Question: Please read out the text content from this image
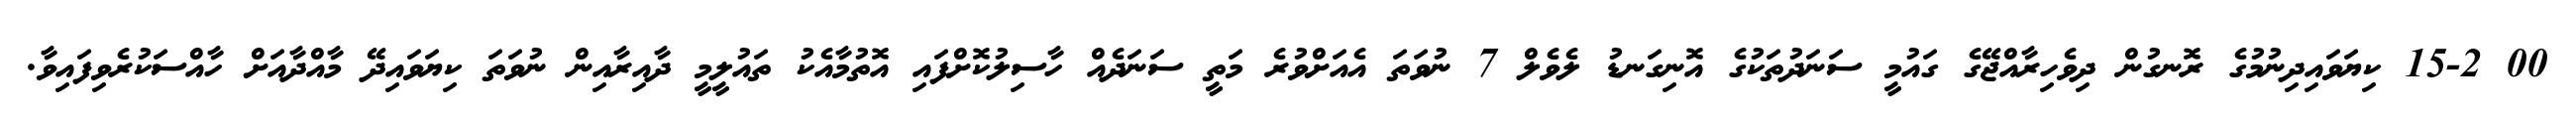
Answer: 00 15-2 ކިޔަވައިދިނުމުގެ ރޮނގުން ދިވެހިރާއްޖޭގެ ގައުމީ ސަނަދުތަކުގެ އޮނިގަނޑު ލެވެލް 7 ނުވަތަ އެއަށްވުރެ މަތީ ސަނަދެއް ހާސިލުކޮށްފައި އޮތުމާއެކު ތައުލީމީ ދާއިރާއިން ނުވަތަ ކިޔަވައިދޭ މާއްދާއަށް ހާއްސަކުރެވިފައިވާ.